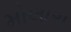
મોલારા